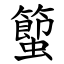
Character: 蠞